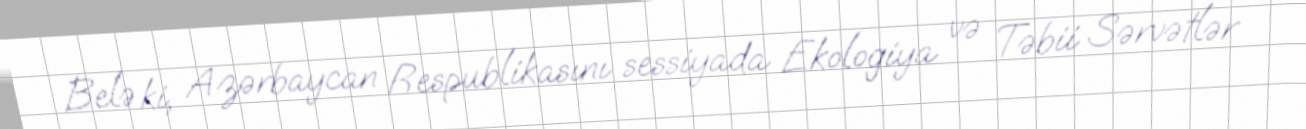
Belə ki, Azərbaycan Respublikasını sessiyada Ekologiya və Təbii Sərvətlər